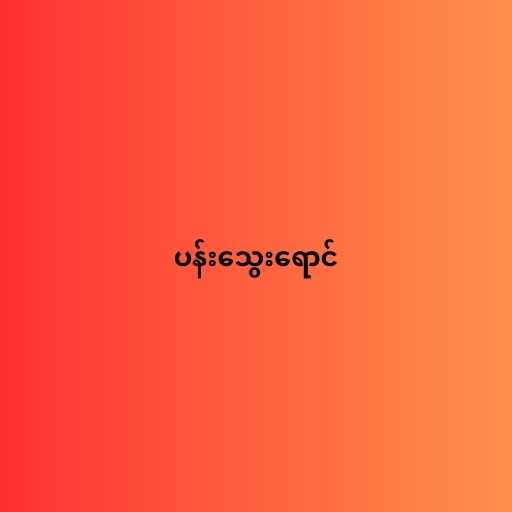
ပန်းသွေးရောင်